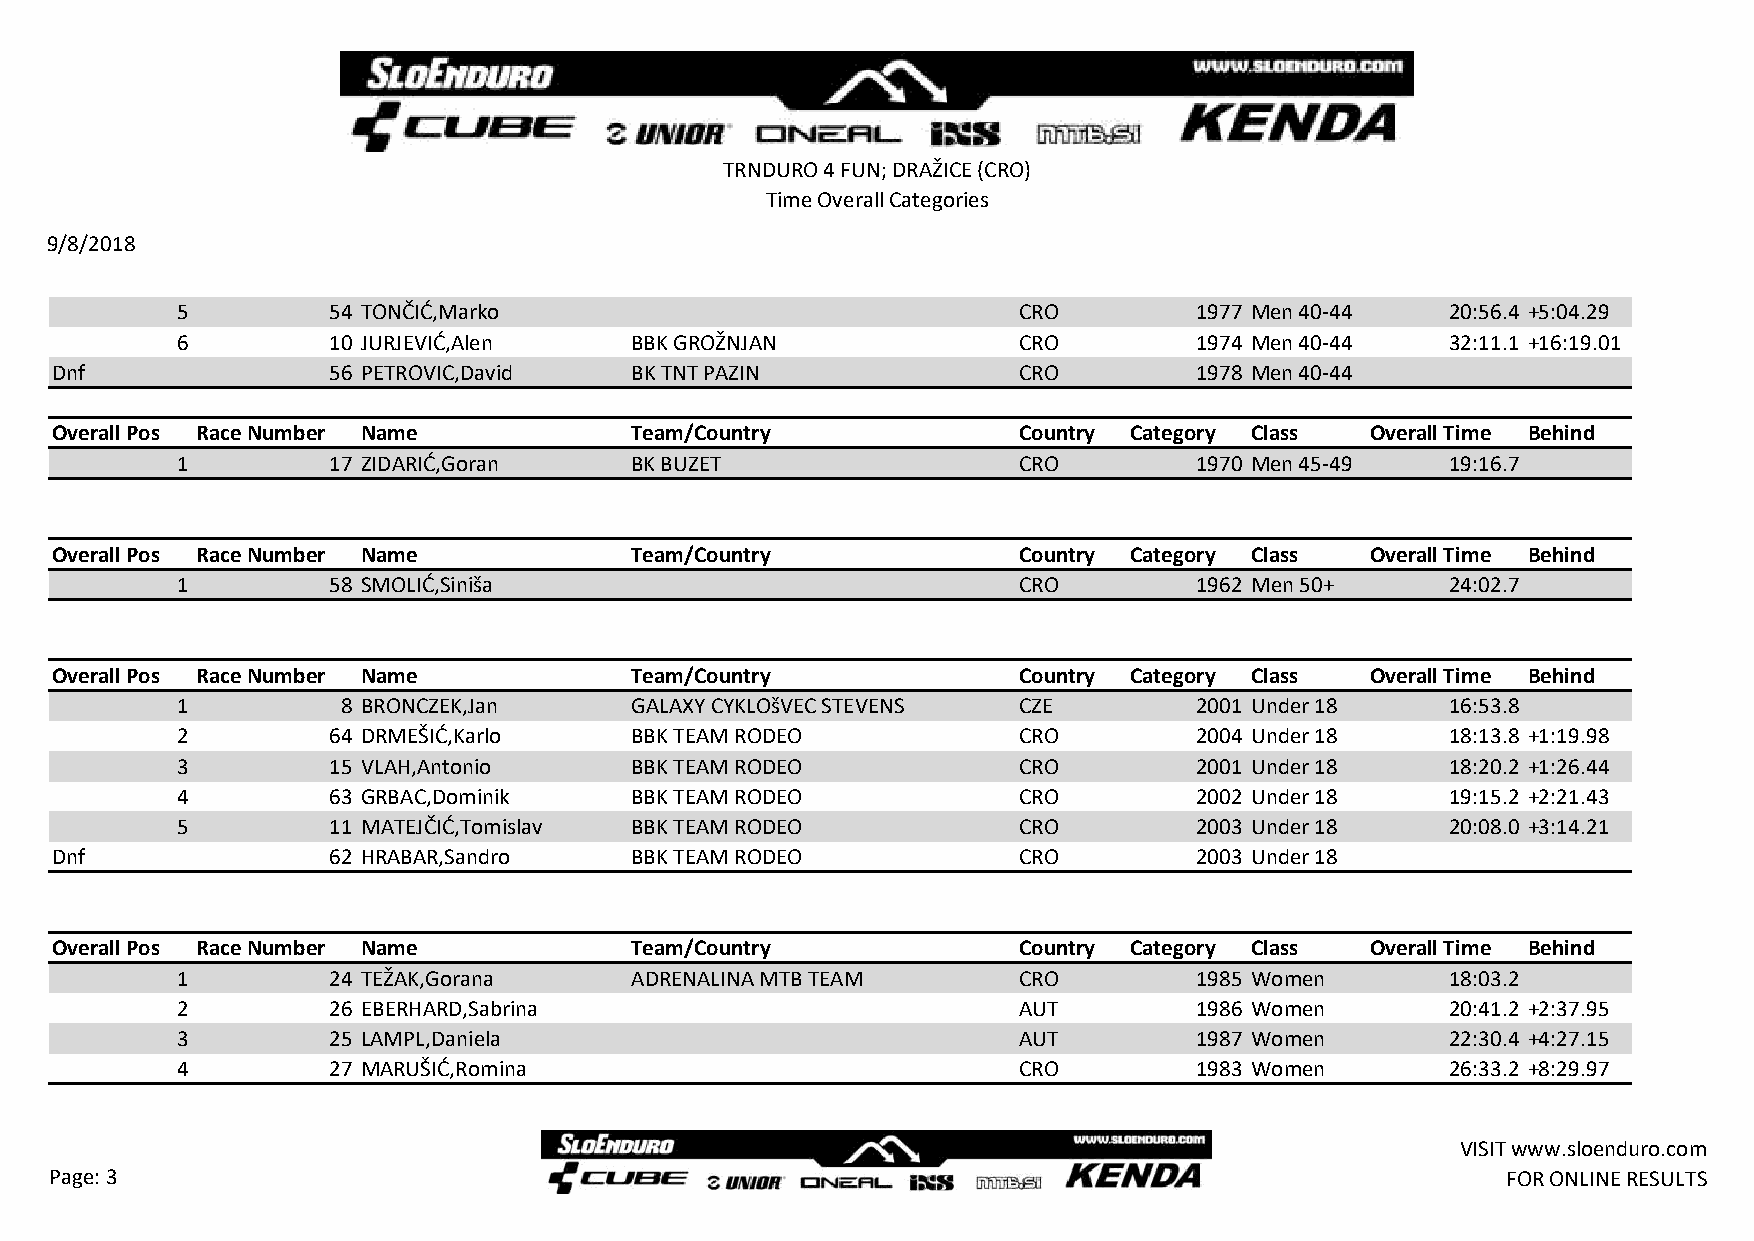
TRNDURO 4 FUN; DRAŽICE (CRO)
 Time Overall Categories
 9/8/2018
 5         54 TONČIĆ,Marko                              CRO         1977 Men 40-44   20:56.4 +5:04.29
 6         10 JURJEVIĆ,Alen    BBK GROŽNJAN             CRO         1974 Men 40-44   32:11.1 +16:19.01
 Dnf                56 PETROVIC,David   BK TNT PAZIN             CRO         1978 Men 40-44
 Overall Pos Race Number Name           Team/Country             Country Category Class  Overall Time Behind
 1         17 ZIDARIĆ,Goran    BK BUZET                 CRO         1970 Men 45-49   19:16.7
 Overall Pos Race Number Name           Team/Country             Country Category Class  Overall Time Behind
 1         58 SMOLIĆ,Siniša                             CRO         1962 Men 50+     24:02.7
 Overall Pos Race Number Name           Team/Country             Country Category Class  Overall Time Behind
 1          8 BRONCZEK,Jan     GALAXY CYKLOšVEC STEVENS CZE         2001 Under 18    16:53.8
 2         64 DRMEŠIĆ,Karlo    BBK TEAM RODEO           CRO         2004 Under 18    18:13.8 +1:19.98
 3         15 VLAH,Antonio     BBK TEAM RODEO           CRO         2001 Under 18    18:20.2 +1:26.44
 4         63 GRBAC,Dominik    BBK TEAM RODEO           CRO         2002 Under 18    19:15.2 +2:21.43
 5         11 MATEJČIĆ,Tomislav BBK TEAM RODEO          CRO         2003 Under 18    20:08.0 +3:14.21
 Dnf                62 HRABAR,Sandro    BBK TEAM RODEO           CRO         2003 Under 18
 Overall Pos Race Number Name           Team/Country             Country Category Class  Overall Time Behind
 1         24 TEŽAK,Gorana     ADRENALINA MTB TEAM      CRO         1985 Women       18:03.2
 2         26 EBERHARD,Sabrina                          AUT         1986 Women       20:41.2 +2:37.95
 3         25 LAMPL,Daniela                             AUT         1987 Women       22:30.4 +4:27.15
 4         27 MARUŠIĆ,Romina                            CRO         1983 Women       26:33.2 +8:29.97
 VISIT www.sloenduro.com
 Page: 3                                                                                          FOR ONLINE RESULTS